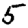
Digit: 5